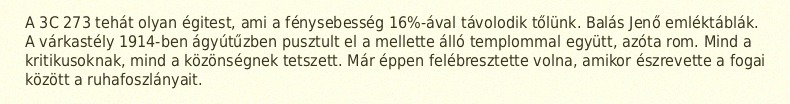
A 3C 273 tehát olyan égitest, ami a fénysebesség 16%-ával távolodik tőlünk. Balás Jenő emléktáblák. A várkastély 1914-ben ágyútűzben pusztult el a mellette álló templommal együtt, azóta rom. Mind a kritikusoknak, mind a közönségnek tetszett. Már éppen felébresztette volna, amikor észrevette a fogai között a ruhafoszlányait.